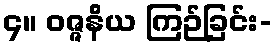
၄။ ဝဇ္ဇနိယ ကြဉ်ခြင်း-